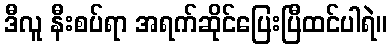
ဒီလူ နီးစပ်ရာ အရက်ဆိုင်ပြေးပြီထင်ပါရဲ။